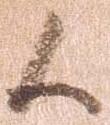
候